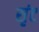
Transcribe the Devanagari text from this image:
सृंट